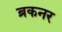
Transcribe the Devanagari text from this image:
ब्रकनर